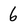
Character: 6